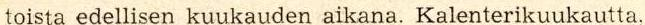
toista edellisen kuukauden aikana. Kalenterikuukautta,